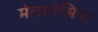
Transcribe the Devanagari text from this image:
मेलानेसिया